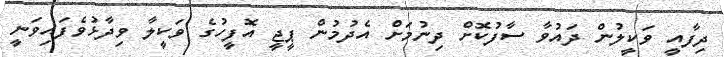
ދިފާއީ ވަކީލުން ދައުވާ ސާފުކޮށް ދިނުމަށް އެދުމުން ޕީޖީ އޮފީހުގެ ވަކީލާ ވިދާޅުވެފައިވަނީ